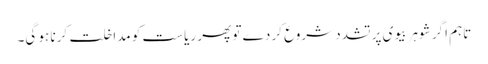
تاہم اگر شوہر بیوی پر تشدد شروع کر دے تو پھر ریاست کو مداخلت کرنا ہو گی۔